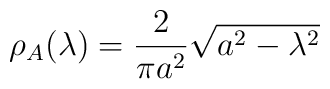
\rho_{A} (\lambda ) = \frac{2}{\pi a^2 } \sqrt{a^2 - \lambda^{2} }